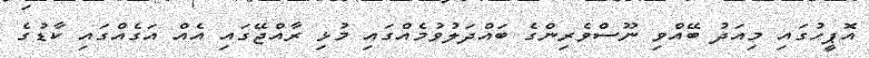
އޮޕީހުގައި މިއަދު ބޭއްވި ނޫސްވެރިންގެ ބައްދަލުވުމެއްގައި މުޅި ރާއްޖޭގައި އެއް އަގެއްގައި ކާޑުގެ